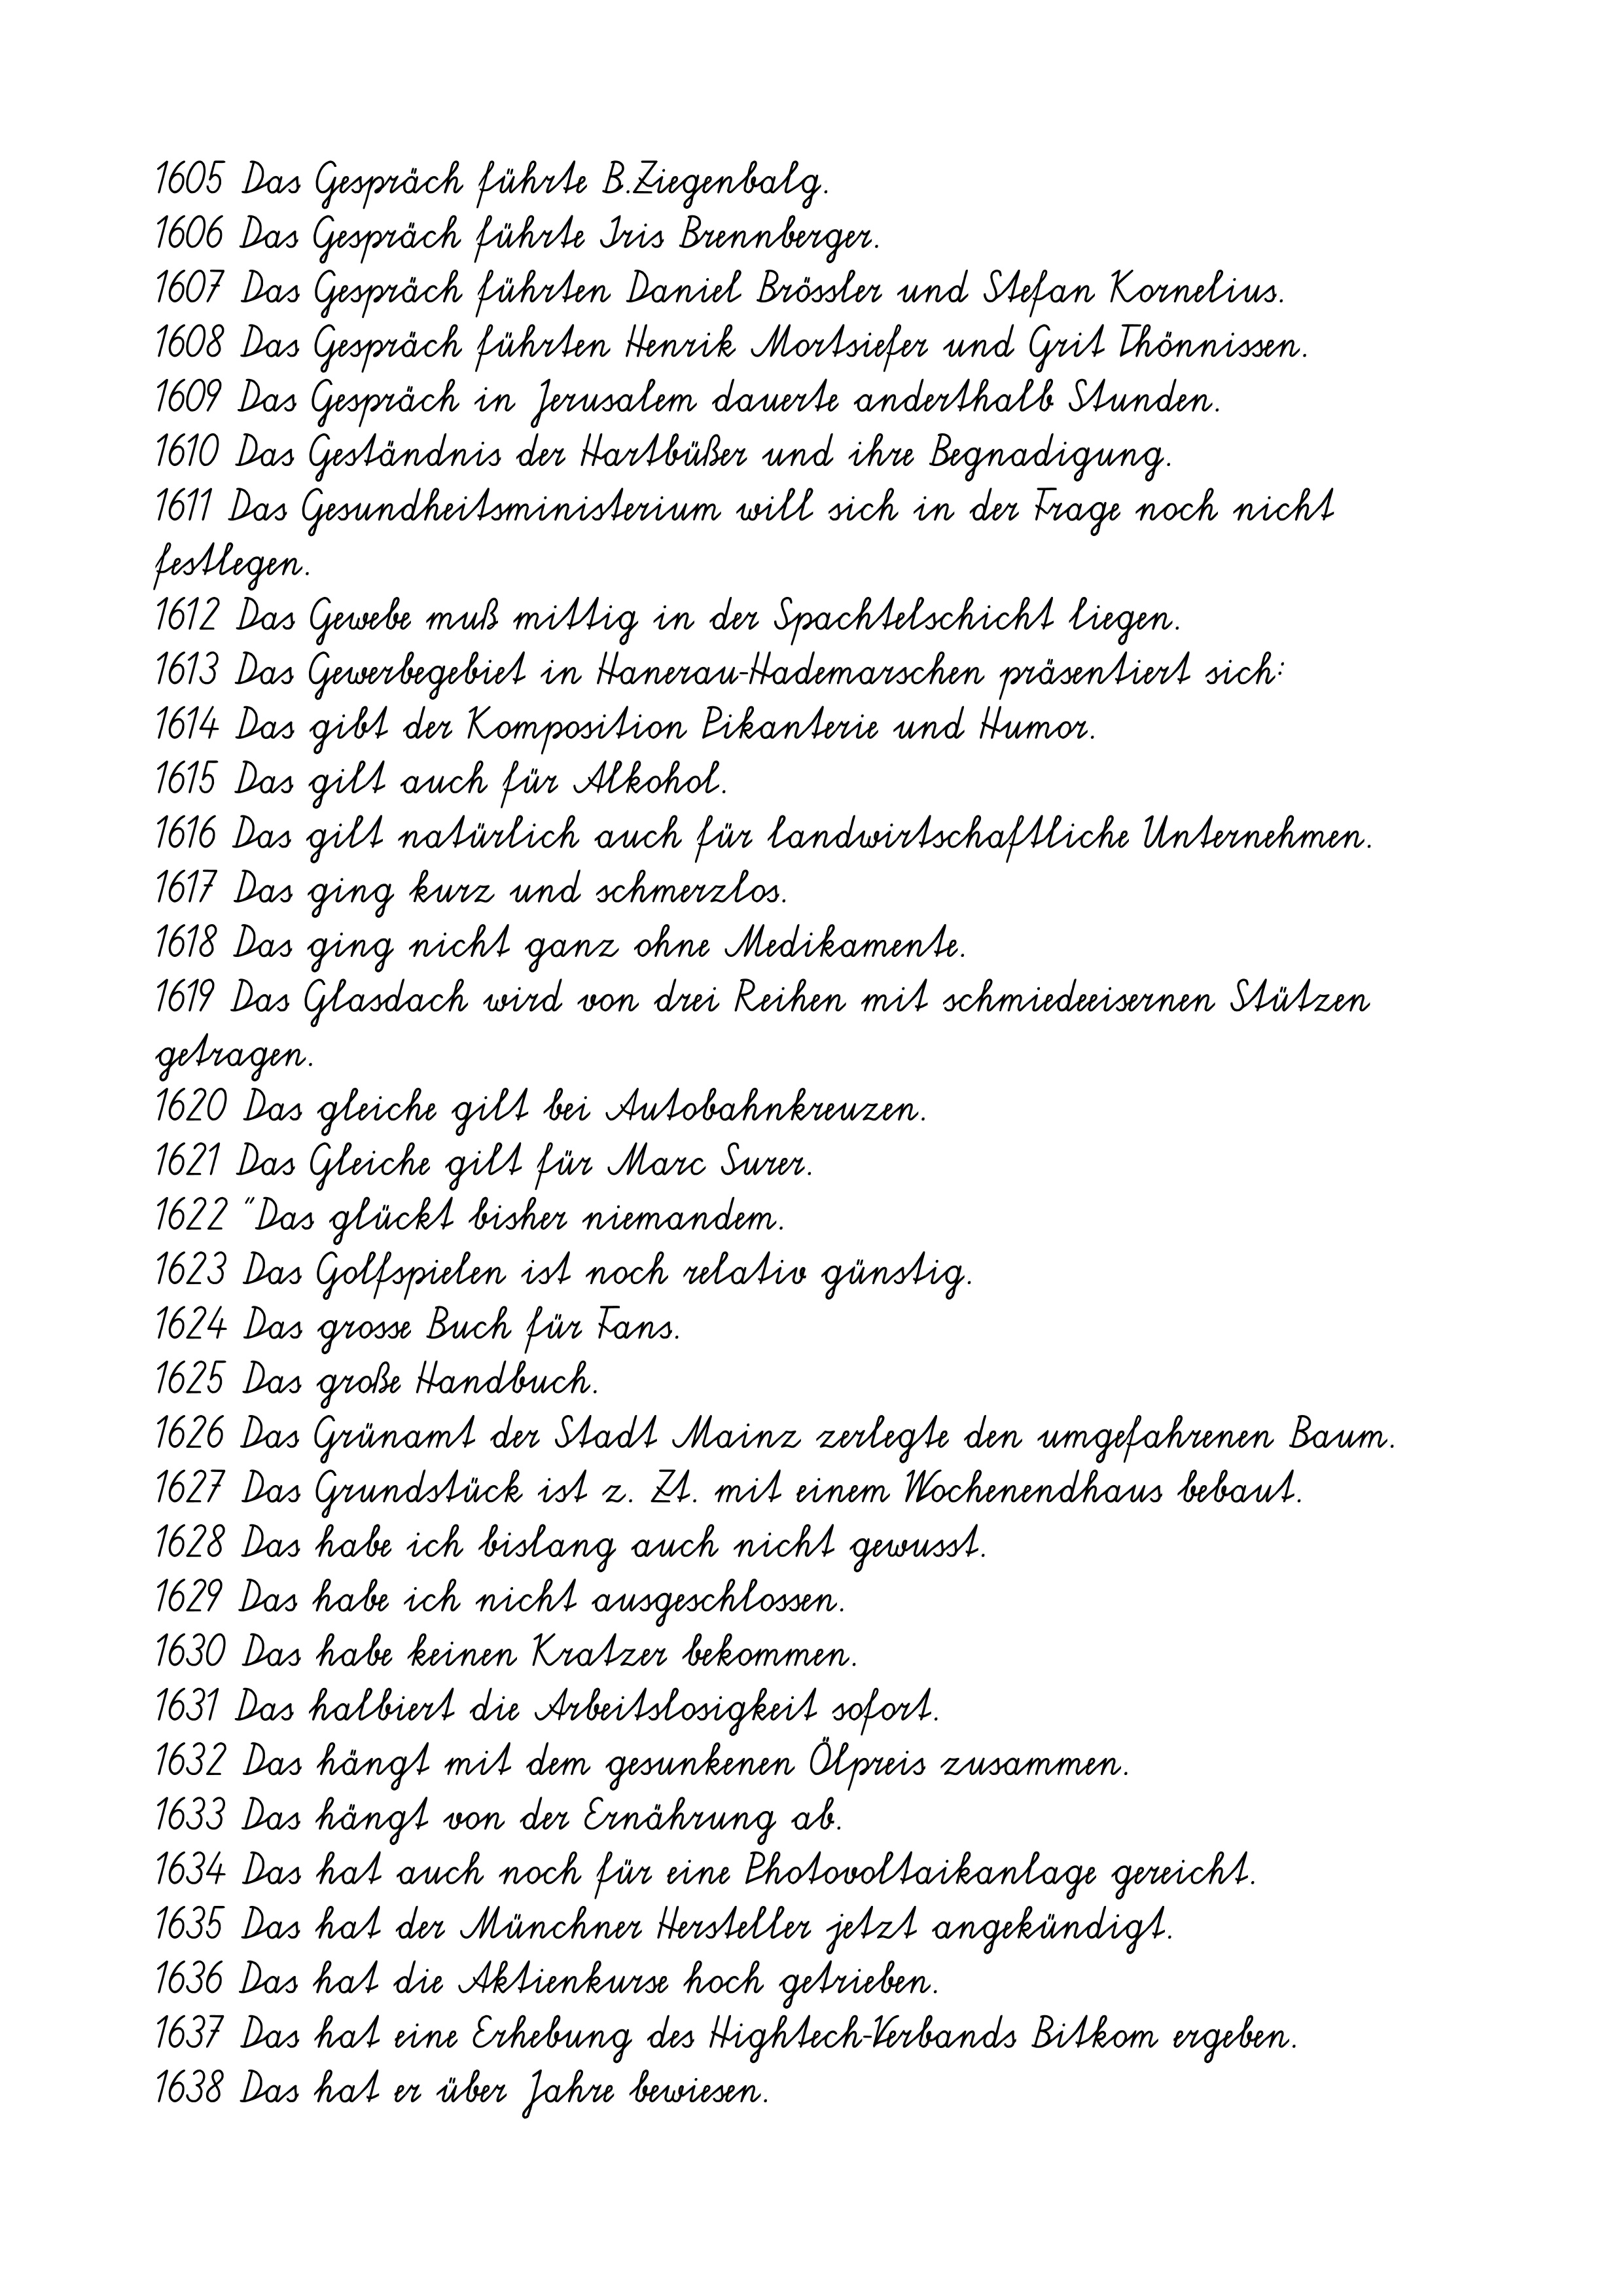
1605 Das Gespräch führte B.Ziegenbalg.
1606 Das Gespräch führte Iris Brennberger.
1607 Das Gespräch führten Daniel Brössler und Stefan Kornelius.
1608 Das Gespräch führten Henrik Mortsiefer und Grit Thönnissen.
1609 Das Gespräch in Jerusalem dauerte anderthalb Stunden.
1610 Das Geständnis der Hartbüßer und ihre Begnadigung.
1611 Das Gesundheitsministerium will sich in der Frage noch nicht
festlegen.
1612 Das Gewebe muß mittig in der Spachtelschicht liegen.
1613 Das Gewerbegebiet in Hanerau-Hademarschen präsentiert sich:
1614 Das gibt der Komposition Pikanterie und Humor.
1615 Das gilt auch für Alkohol.
1616 Das gilt natürlich auch für landwirtschaftliche Unternehmen.
1617 Das ging kurz und schmerzlos.
1618 Das ging nicht ganz ohne Medikamente.
1619 Das Glasdach wird von drei Reihen mit schmiedeeisernen Stützen
getragen.
1620 Das gleiche gilt bei Autobahnkreuzen.
1621 Das Gleiche gilt für Marc Surer.
1622 "Das glückt bisher niemandem.
1623 Das Golfspielen ist noch relativ günstig.
1624 Das grosse Buch für Fans.
1625 Das große Handbuch.
1626 Das Grünamt der Stadt Mainz zerlegte den umgefahrenen Baum.
1627 Das Grundstück ist z. Zt. mit einem Wochenendhaus bebaut.
1628 Das habe ich bislang auch nicht gewusst.
1629 Das habe ich nicht ausgeschlossen.
1630 Das habe keinen Kratzer bekommen.
1631 Das halbiert die Arbeitslosigkeit sofort.
1632 Das hängt mit dem gesunkenen Ölpreis zusammen.
1633 Das hängt von der Ernährung ab.
1634 Das hat auch noch für eine Photovoltaikanlage gereicht.
1635 Das hat der Münchner Hersteller jetzt angekündigt.
1636 Das hat die Aktienkurse hoch getrieben.
1637 Das hat eine Erhebung des Hightech-Verbands Bitkom ergeben.
1638 Das hat er über Jahre bewiesen.